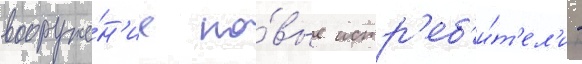
вооруже́н'ие но́вые истр'еб'и́т'ел'и -